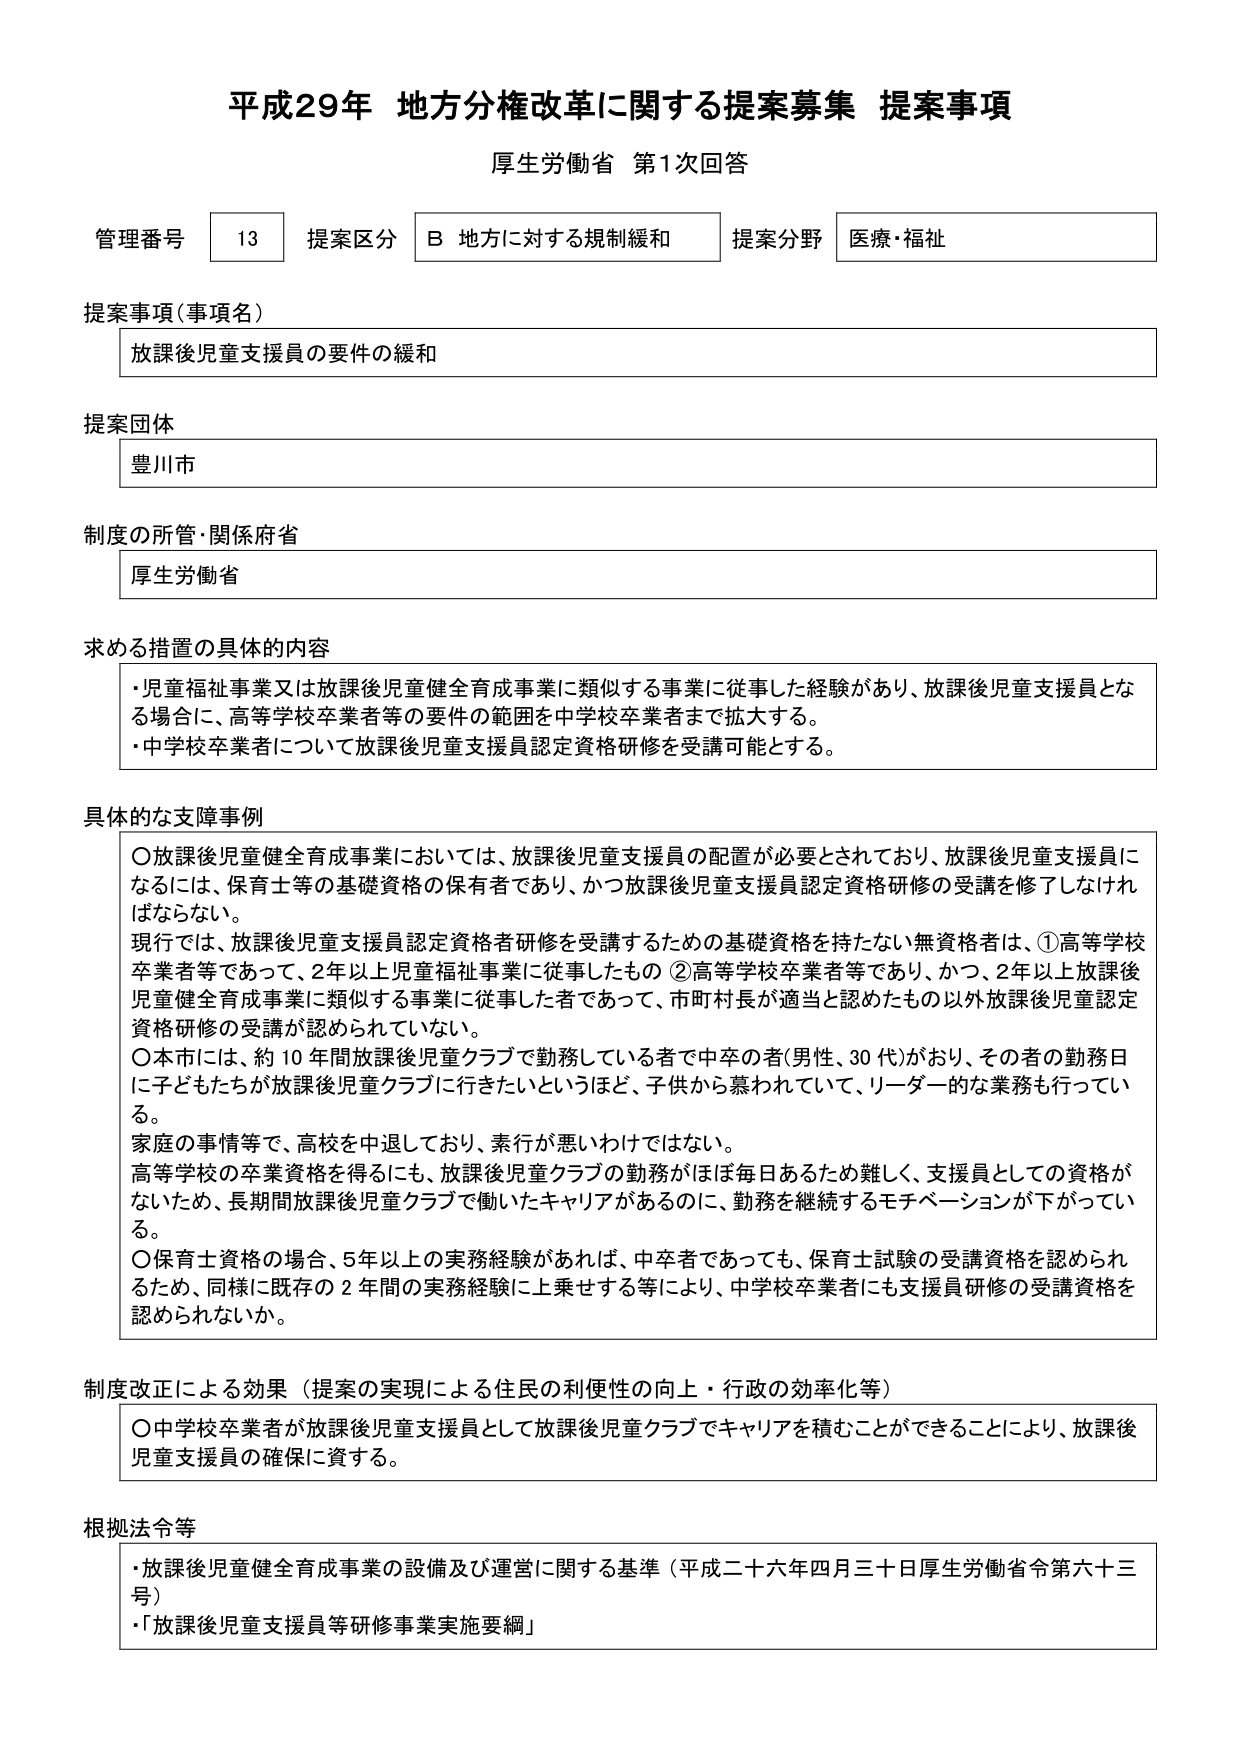
平成29年 地方分権改革に関する提案募集 提案事項
厚生労働省 第1次回答

管理番号 13 提案区分 B 地方に対する規制緩和 提案分野 医療・福祉

提案事項（事項名）
放課後児童支援員の要件の緩和

提案団体
豊川市

制度の所管・関係府省
厚生労働省

求める措置の具体的内容
・児童福祉事業又は放課後児童健全育成事業に類似する事業に従事した経験があり、放課後児童支援員となる場合に、高等学校卒業者等の要件の範囲を中学校卒業者まで拡大する。
・中学校卒業者について放課後児童支援員認定資格研修を受講可能とする。

具体的な支障事例
〇放課後児童健全育成事業においては、放課後児童支援員の配置が必要とされており、放課後児童支援員になるには、保育士等の基礎資格の保有者であり、かつ放課後児童支援員認定資格研修の受講を修了しなければならない。
現行では、放課後児童支援員認定資格者研修を受講するための基礎資格を持たない無資格者は、①高等学校卒業者等であって、2年以上児童福祉事業に従事したもの ②高等学校卒業者等であり、かつ、2年以上放課後児童健全育成事業に類似する事業に従事した者であって、市町村長が適当と認めたもの以外放課後児童認定資格研修の受講が認められていない。
〇本市には、約10年間放課後児童クラブで勤務している者で中卒の者（男性、30代）がおり、その者の勤務日に子どもたちが放課後児童クラブに行きたいというほど、子供から慕われていて、リーダー的な業務も行っている。
家庭の事情等で、高校を中退しており、素行が悪いわけではない。
高等学校の卒業資格を得るにも、放課後児童クラブの勤務がほぼ毎日あるため難しく、支援員としての資格がないため、長期間放課後児童クラブで働いたキャリアがあるのに、勤務を継続するモチベーションが下がっている。
〇保育士資格の場合、5年以上の実務経験があれば、中卒者であっても、保育士試験の受講資格を認められるため、同様に既存の2年間の実務経験に上乗せする等により、中学校卒業者にも支援員研修の受講資格を認められないか。

制度改正による効果（提案の実現による住民の利便性の向上・行政の効率化等）
〇中学校卒業者が放課後児童支援員として放課後児童クラブでキャリアを積むことができることにより、放課後児童支援員の確保に資する。

根拠法令等
・放課後児童健全育成事業の設備及び運営に関する基準（平成二十六年四月三十日厚生労働省令第六十三号）
・「放課後児童支援員等研修事業実施要綱」